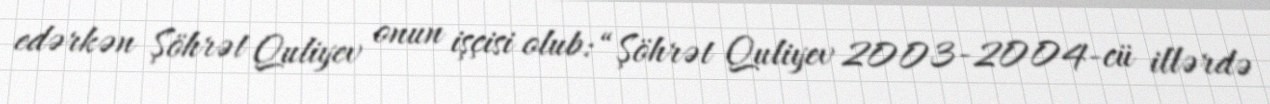
edərkən Şöhrət Quliyev onun işçisi olub: “Şöhrət Quliyev 2003-2004-cü illərdə